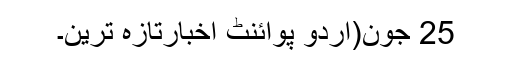
25 جون(اُردو پوائنٹ اخبارتازہ ترین۔